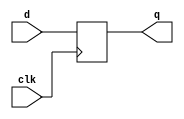
`timescale 1ms/1ms

module d_ff(q,d,clk);
    input clk,d;
    output reg q;

    always@(posedge clk)  begin
        q<=d;
    end
endmodule

module ControlLogic(T,X,Z,S,clk);
    input X,Z,S,clk;
    output [2:0]T;

    wire x_not,z_not,s_not;
    wire d0t1,d0t2,d1t1,d1t2,d1t3,d2t1,d2t2;

    not n1(x_not,X),
        n2(z_not,Z),
        n3(s_not,S);
    and a1(d0t1,T[0],s_not),
        a2(d0t2,T[2],Z),
        a3(d1t1,T[0],S),
        a4(d1t2,T[2],x_not,z_not),
        a5(d1t3,T[1],x_not),
        a6(d2t1,T[1],x),
        a7(d2t2,T[2],z_not,X);
    or o1(d1,d0t1,d0t2),
       o2(d2,d1t1,d1t2,d1t3),
       o3(d3,d2t1,d2t2);
    
    d_ff d1(T[0],d1,clk);
    d_ff d2(T[1],d2,clk);
    d_ff d3(T[1],d3,clk);
endmodule

module tff(q,in,clk,clear);
    input in,clk,clear;
    output reg q;

    always@(posedge clk) begin
        if(!clear) begin
            q<=0;
        end
        else begin
            if(in)
                q<=(~q);
        end
    end
endmodule

module counter_4bit(count,clear,clk,en);
    input clear,clk,en;
    output  [3:0] count;

    wire in3,in4,clk_gate;

    assign in3=(count[0]&count[1]);
    assign in4=(count[0]&count[1]&count[2]);
    assign clk_gate=(clk&en);
         

    tff t1(count[0],1'b1,clk_gate,clear);
    tff t2(count[1],count[0],clk_gate,clear);
    tff t3(count[2],in3,clk_gate,clear);
    tff t4(count[3],in4,clk_gate,clear);
endmodule

module intg(count,g,S,X,clk);
    input S,X,clk;
    output [3:0] count;
    output g;

    wire clear,en;
    wire Z,z_not,t1,t2,final;
    wire [2:0] T;

    not n1(z_not,Z);

    and a1(t1,T[1],X),
        a2(t2,T[2],X,z_not),
        a3(clear,T[0],S),
        a4(Z,count[0],count[1],count[2],count[3]),
        a5(final,T[2],Z);
    or o1(en,t1,t1);

    counter_4bit xx1(count,clear,clk,en);
    ControlLogic xx2(T,X,Z,S,clk);
    d_ff xx3(g,final,clk);
endmodule

module testbench;
    reg S,X,clk;
    wire g;
    wire [3:0] count;

    intg func(count,g,S,X,clk);


    always
        #0.5 clk=~clk;
    //always@(posedge clk)
    //    $display(" posedge");

    initial 
        $monitor($time," count=%b g=%b",count,g);
    initial begin 
        #0 S=1;
        #0 X=1;
        #0 clk=0;
        #50 $finish;
    end
endmodule